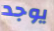
يوجد